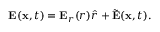
\mathbf { E } ( \mathbf { x } , t ) = \mathbf { E } _ { r } ( r ) \hat { r } + \tilde { \mathbf { E } } ( \mathbf { x } , t ) .